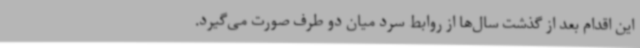
این اقدام بعد از گذشت‌ سال‌ها از روابط سرد میان دو طرف صورت می‌گیرد.